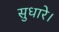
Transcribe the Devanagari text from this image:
सुधारे।